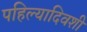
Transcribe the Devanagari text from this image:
पहिल्यादिवशी